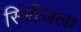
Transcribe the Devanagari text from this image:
सिरीजला